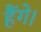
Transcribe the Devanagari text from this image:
हैंगे।